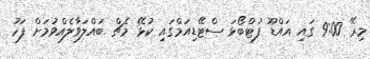
މިރޭ 9:00 ގައި އައްޑޫ ފުޓްބޯޅަ ސްޓޭޑިއަމްގައި ކުޅޭ މެޗް ބައްލަވާލެއްވުމަށް ފަހު